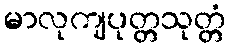
မာလုကျပုတ္တသုတ္တံ